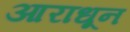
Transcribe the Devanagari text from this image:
आराधून